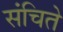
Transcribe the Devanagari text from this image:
संचिते